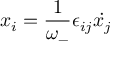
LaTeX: x _ { i } = \frac { 1 } { \omega _ { - } } \epsilon _ { i j } { \dot { x _ { j } } }